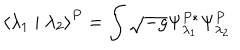
\left< \lambda _ { 1 } \mid \lambda _ { 2 } \right> ^ { P } = \int \sqrt { - g } \Psi _ { \lambda _ { 1 } } ^ { P * } \Psi _ { \lambda _ { 2 } } ^ { P }